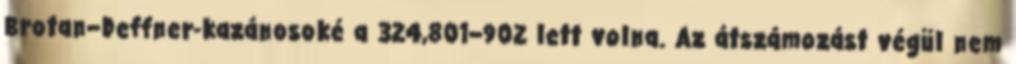
Brotan–Deffner-kazánosoké a 324,801–902 lett volna. Az átszámozást végül nem